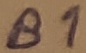
Text: B1